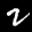
Label: 2